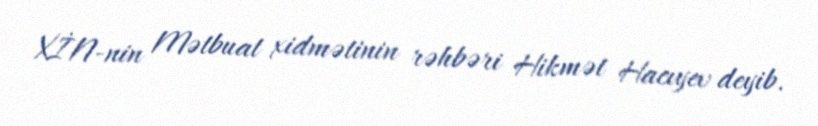
XİN-nin Mətbuat xidmətinin rəhbəri Hikmət Hacıyev deyib.